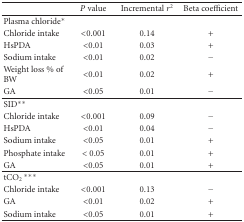
<table><thead><tr><td></td><td><b><i>P</i> value</b></td><td><b>Incremental <i>r</i><sup>2</sup></b></td><td><b>Beta coefficient</b></td></tr></thead><tbody><tr><td>Plasma chloride*</td><td></td><td></td><td></td></tr><tr><td> Chloride intake</td><td>&lt;0.001</td><td>0.14</td><td>+</td></tr><tr><td> HsPDA</td><td>&lt;0.01</td><td>0.03</td><td>+</td></tr><tr><td> Sodium intake</td><td>&lt;0.01</td><td>0.02</td><td>−</td></tr><tr><td> Weight loss % of BW</td><td>&lt;0.01</td><td>0.02</td><td>+</td></tr><tr><td> GA</td><td>&lt;0.05</td><td>0.01</td><td>−</td></tr><tr><td>SID**</td><td></td><td></td><td></td></tr><tr><td> Chloride intake</td><td>&lt;0.001</td><td>0.09</td><td>−</td></tr><tr><td> HsPDA</td><td>&lt;0.01</td><td>0.04</td><td>−</td></tr><tr><td> Sodium intake</td><td>&lt;0.05</td><td>0.01</td><td>+</td></tr><tr><td> Phosphate intake</td><td>&lt;0.05</td><td>0.01</td><td>+</td></tr><tr><td> GA</td><td>&lt;0.05</td><td>0.01</td><td>+</td></tr><tr><td>tCO<sub>2</sub>***</td><td></td><td></td><td></td></tr><tr><td> Chloride intake</td><td>&lt;0.001</td><td>0.13</td><td>−</td></tr><tr><td> GA</td><td>&lt;0.01</td><td>0.02</td><td>+</td></tr><tr><td> Sodium intake</td><td>&lt;0.05</td><td>0.01</td><td>+</td></tr></tbody></table>